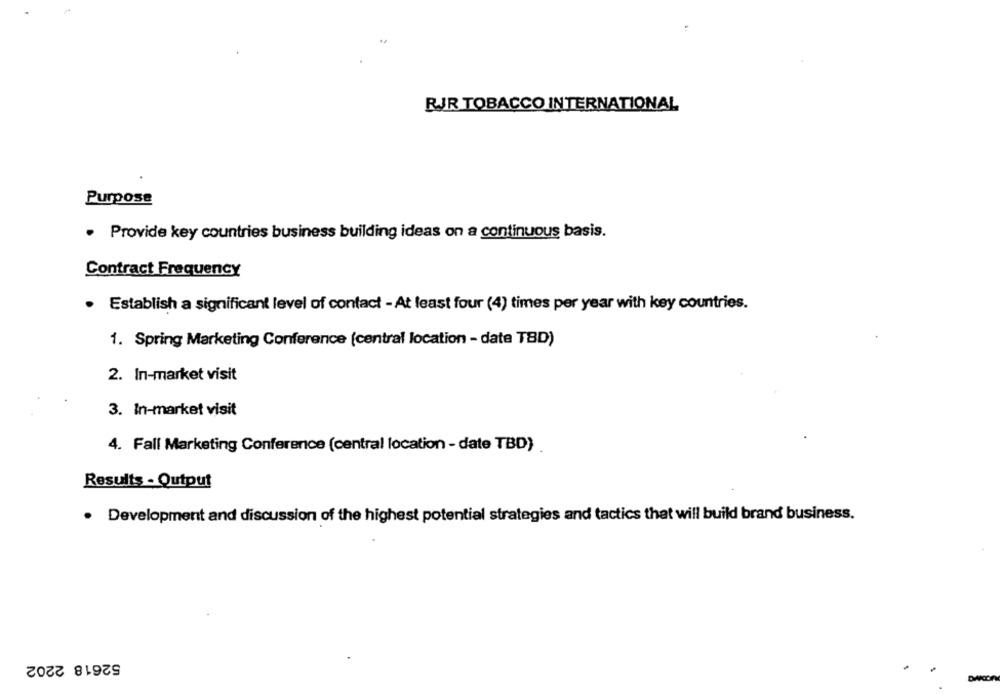
RJJR TOBACCO INTERNATIONAL
Purpose
· Provide key countries business building ideas on a continuous basis.
Contract Frequency
· Establish a significant level of contact - At least four (4) times per year with key countries.
1. Spring Marketing Conference (central location - date TBD)
2. In-market visit
3. In-market visit
4. Fall Marketing Conference (central location - date TBD)
Results - Output
. Development and discussion of the highest potential strategies and tactics that will build brand business.
52618 2202